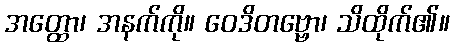
အတ္ထော၊ အနက်ကို။ ဝေဒိတဗ္ဗော၊ သိထိုက်၏။